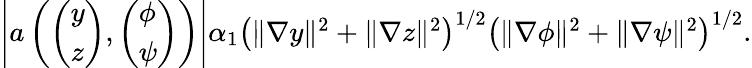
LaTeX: \begin{array}{r}{\left\vert a\left(\left(\begin{array}{l}{y}\\ {z}\end{array}\right),\left(\begin{array}{l}{\phi}\\ {\psi}\end{array}\right)\right)\right\vert\le\alpha_{1}\left(\| \nabla y\| ^{2}+\| \nabla z\| ^{2}\right)^{1/2}\left(\| \nabla\phi\| ^{2}+\| \nabla\psi\| ^{2}\right)^{1/2}.}\end{array}